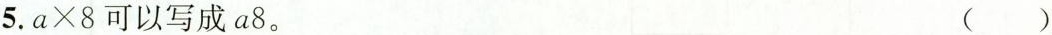
5.$$a \times 8可以写成a8。 ()